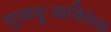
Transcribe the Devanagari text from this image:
सुखदुःखविवेक